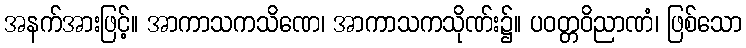
အနက်အားဖြင့်။ အာကာသကသိဏေ၊ အာကာသကသိုဏ်း၌။ ပဝတ္တဝိညာဏံ၊ ဖြစ်သော